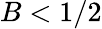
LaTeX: B<1/2